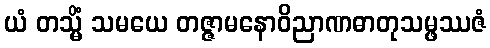
ယံ တသ္မိံ သမယေ တဇ္ဇာမနောဝိညာဏဓာတုသမ္ဖဿဇံ